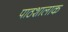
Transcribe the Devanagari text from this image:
पाठशालाक